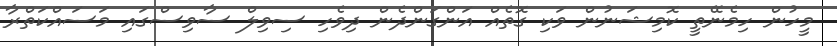
މީހުން ހިމެނޭތީ ކޮމިޝަނުން ވަކި ގޮތެއް އަންގަންދެން ދިވެހި ސިވިލް ސާވިސްގައި މަސައްކަތްރާ